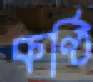
কণ্ঠি